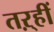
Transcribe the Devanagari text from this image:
तऱ्हीं